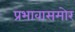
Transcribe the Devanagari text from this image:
प्रभावासमोर